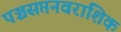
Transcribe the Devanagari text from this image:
पञ्चसप्तनवराशिक